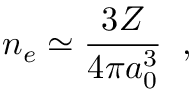
n _ { e } \simeq \frac { 3 Z } { 4 \pi a _ { 0 } ^ { 3 } } \; \; ,